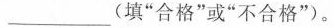
___(填”合格”或”不合格”)。